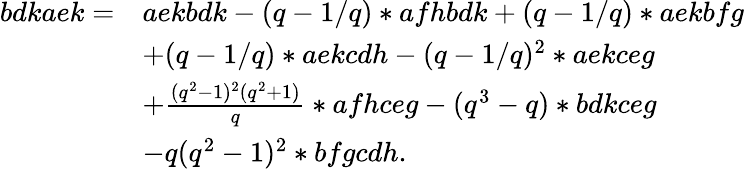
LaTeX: \begin{array}{rl}{bdkaek=}&{aekbdk-(q-1/q)*afhbdk+(q-1/q)*aekbfg}\\ &{+(q-1/q)*aekcdh-(q-1/q)^{2}*aekceg}\\ &{+\frac{(q^{2}-1)^{2}(q^{2}+1)}{q}*afhceg-(q^{3}-q)*bdkceg}\\ &{-q(q^{2}-1)^{2}*bfgcdh.}\end{array}